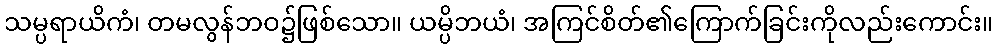
သမ္ပရာယိကံ၊ တမလွန်ဘဝ၌ဖြစ်သော။ ယမ္ပိဘယံ၊ အကြင်စိတ်၏ကြောက်ခြင်းကိုလည်းကောင်း။